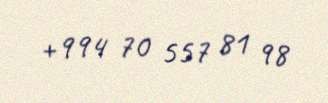
+994 70 557 81 98